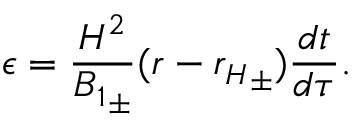
\epsilon = \frac { H ^ { 2 } } { { B _ { 1 } } _ { \pm } } ( r - { r _ { H } } _ { \pm } ) \frac { d t } { d \tau } .